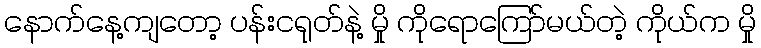
နောက်နေ့ကျတော့ ပန်းငရုတ်နဲ့ မှို ကိုရောကြော်မယ်တဲ့ ကိုယ်က မှို